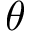
\boldsymbol { \theta }